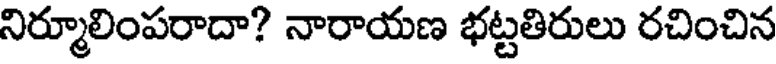
నిర్మూలింపరాదా? నారాయణ భట్టతిరులు రచించిన